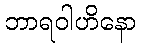
ဘာရဝါဟိနော